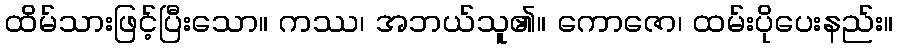
ထိမ်သားဖြင့်ပြီးသော။ ကဿ၊ အဘယ်သူ၏။ ကောဇော၊ ထမ်းပိုပေးနည်း။